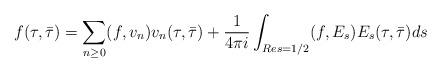
LaTeX: \begin{align*}f(\tau,\bar\tau) = \sum_{n\ge 0} (f,v_n) v_n(\tau,\bar\tau) +\frac{1}{4\pi i} \int_{Re s=1/2} (f,E_s) E_s(\tau,\bar\tau) ds\end{align*}